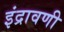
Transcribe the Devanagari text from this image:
इंद्रावणी